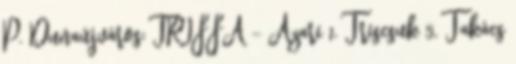
P. Dunaújváros: TRIFFA – Azari 1, Triscsuk 5, Takács